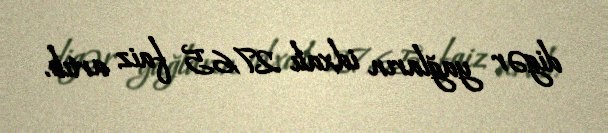
digər yağların idxalı 27,65 faiz artıb.